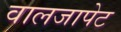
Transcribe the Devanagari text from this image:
वालजापेट